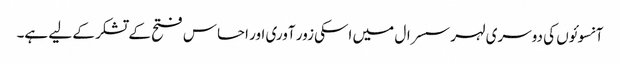
آنسوئوں کی دوسری لہر سسرال میں اسکی زور آوری اور احساس فتح کے تشکر کے لیے ہے۔